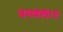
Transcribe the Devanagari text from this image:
बनवल।१